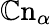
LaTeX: \mathbb{C}\mathrm{n}_{\alpha}